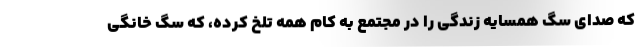
که صدای سگ همسایه زندگی را در مجتمع به کام همه تلخ کرده، که سگ خانگی